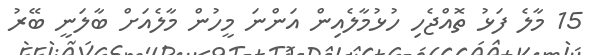
15 މާލެ ފަޅު ތޮއްޖެހި ހުޅުމާލެއިން އަންނަ މީހުން މާލެއަށް ބާލަނީ ބޭރު